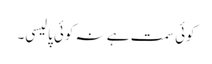
کوئی سمت ہے نہ کوئی پالیسی۔